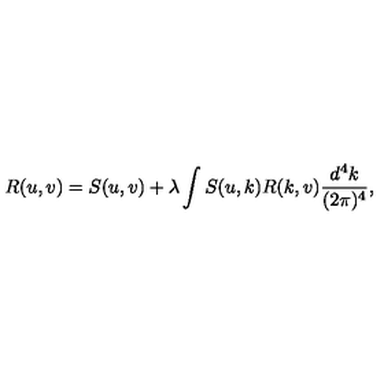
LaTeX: R ( u , v ) = S ( u , v ) + \lambda \int S ( u , k ) R ( k , v ) \frac { d ^ { 4 } k } { ( 2 \pi ) ^ { 4 } } ,